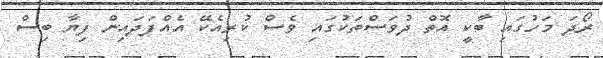
ރޯދަ މަހުގައި ބާކީ އޮތް ދުވަސްތަކުގައި ވެސް ކުރިއެކޭ އެއްފަދައިން ފިޔާ ބިސް